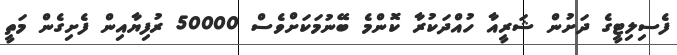
ފެސިލިޓީގެ ދަށުން ޝަރީއާ ހުއްދަކުރާ ކޮންމެ ބޭނުމަކަށްވެސް 50000 ރުފިޔާއިން ފެށިގެން މަތީ